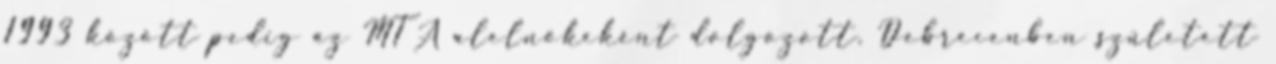
1993 között pedig az MTA alelnökeként dolgozott. Debrecenben született